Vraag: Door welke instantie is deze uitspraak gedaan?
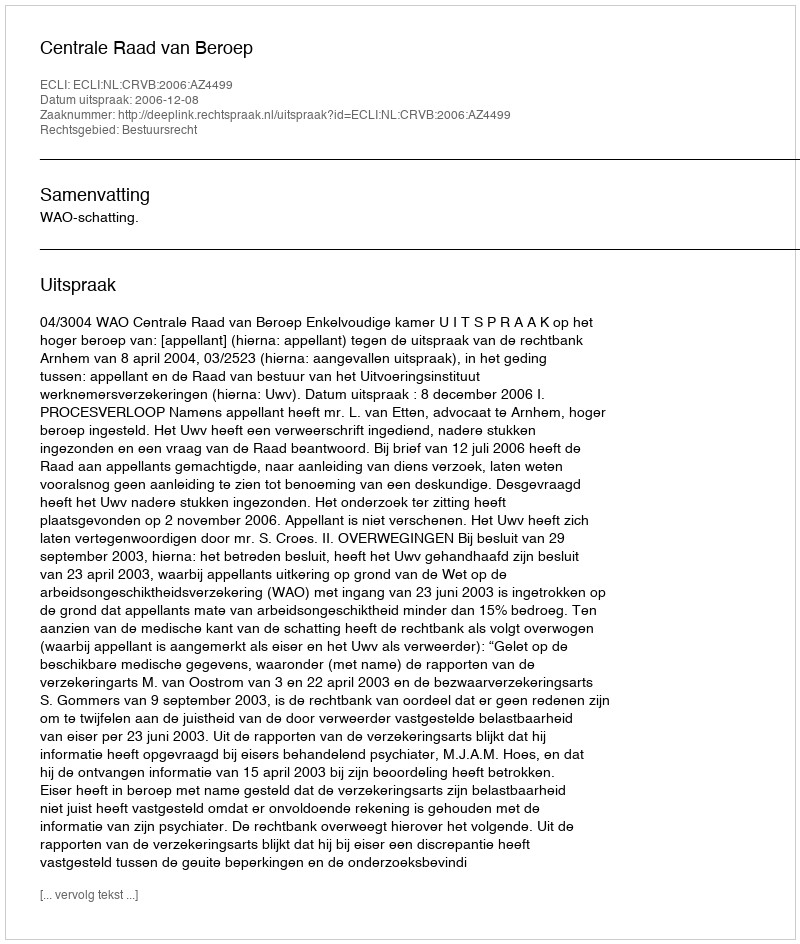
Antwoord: Centrale Raad van Beroep